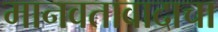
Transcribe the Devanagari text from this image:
मानवतावादाचा